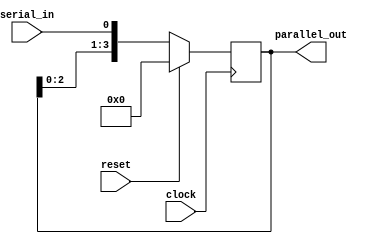
`timescale 1ns / 1ps

module sipo(
    input wire clock, // Clock input
    input wire reset, // Reset input
    input wire serial_in, // Serial input
    output wire [3:0] parallel_out // Parallel output
);

reg [3:0] shift_reg; // 4-bit shift register

always @(posedge clock) begin
    if (reset)
        shift_reg <= 4'b0; // Reset the shift register
    else
        shift_reg <= {shift_reg[2:0], serial_in}; // Shift the data left and add serial input
end

assign parallel_out = shift_reg;

endmodule